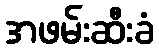
အဖမ်းဆီးခံ